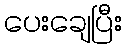
ပေးချေပြီး